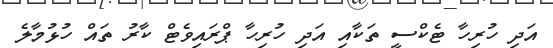
އަދި ހުރިހާ ޓެކްސީ ތަކާއި އަދި ހުރިހާ ޕްރައިވެޓް ކާރު ތައް ހުޅުމާލެ